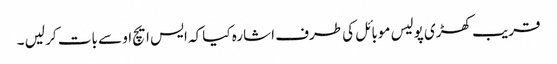
قریب کھڑی پولیس موبائل کی طرف اشارہ کیا کہ ایس ایچ او سے بات کر لیں ۔